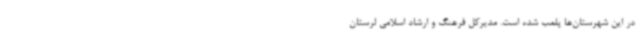
در این شهرستان‌ها پلمب شده است. مدیرکل فرهنگ و ارشاد اسلامی لرستان